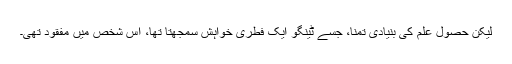
لیکن حصولِ علم کی بنیادی تمنا، جسے ٹینگو ایک فطری خواہش سمجھتا تھا، اس شخص میں مفقود تھی۔